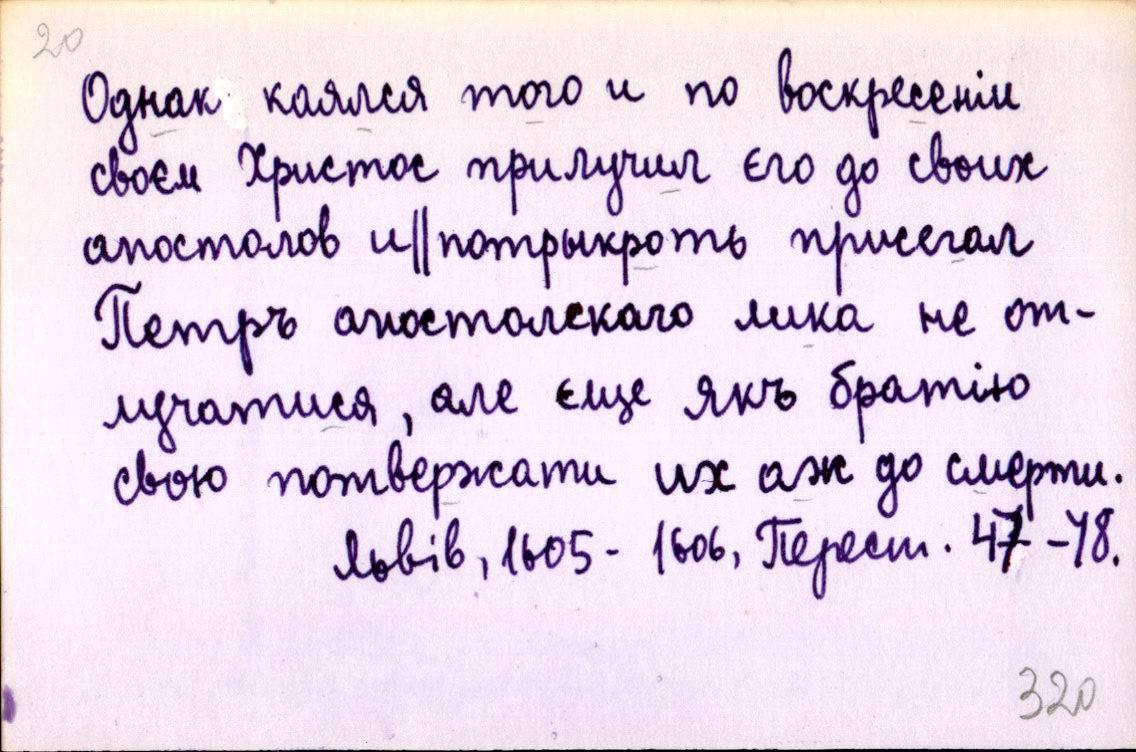
Однак каялся того и по воскресеніи
своєм Христос прилучил єго до своих
апостолов и║потрыкроть присегал
Петръ апостолскаго лика не от-
лучатися, але єще якъ братію
свою потвержати их аж до смерти.
Львів, 1605-1606, Перест. 47-78.